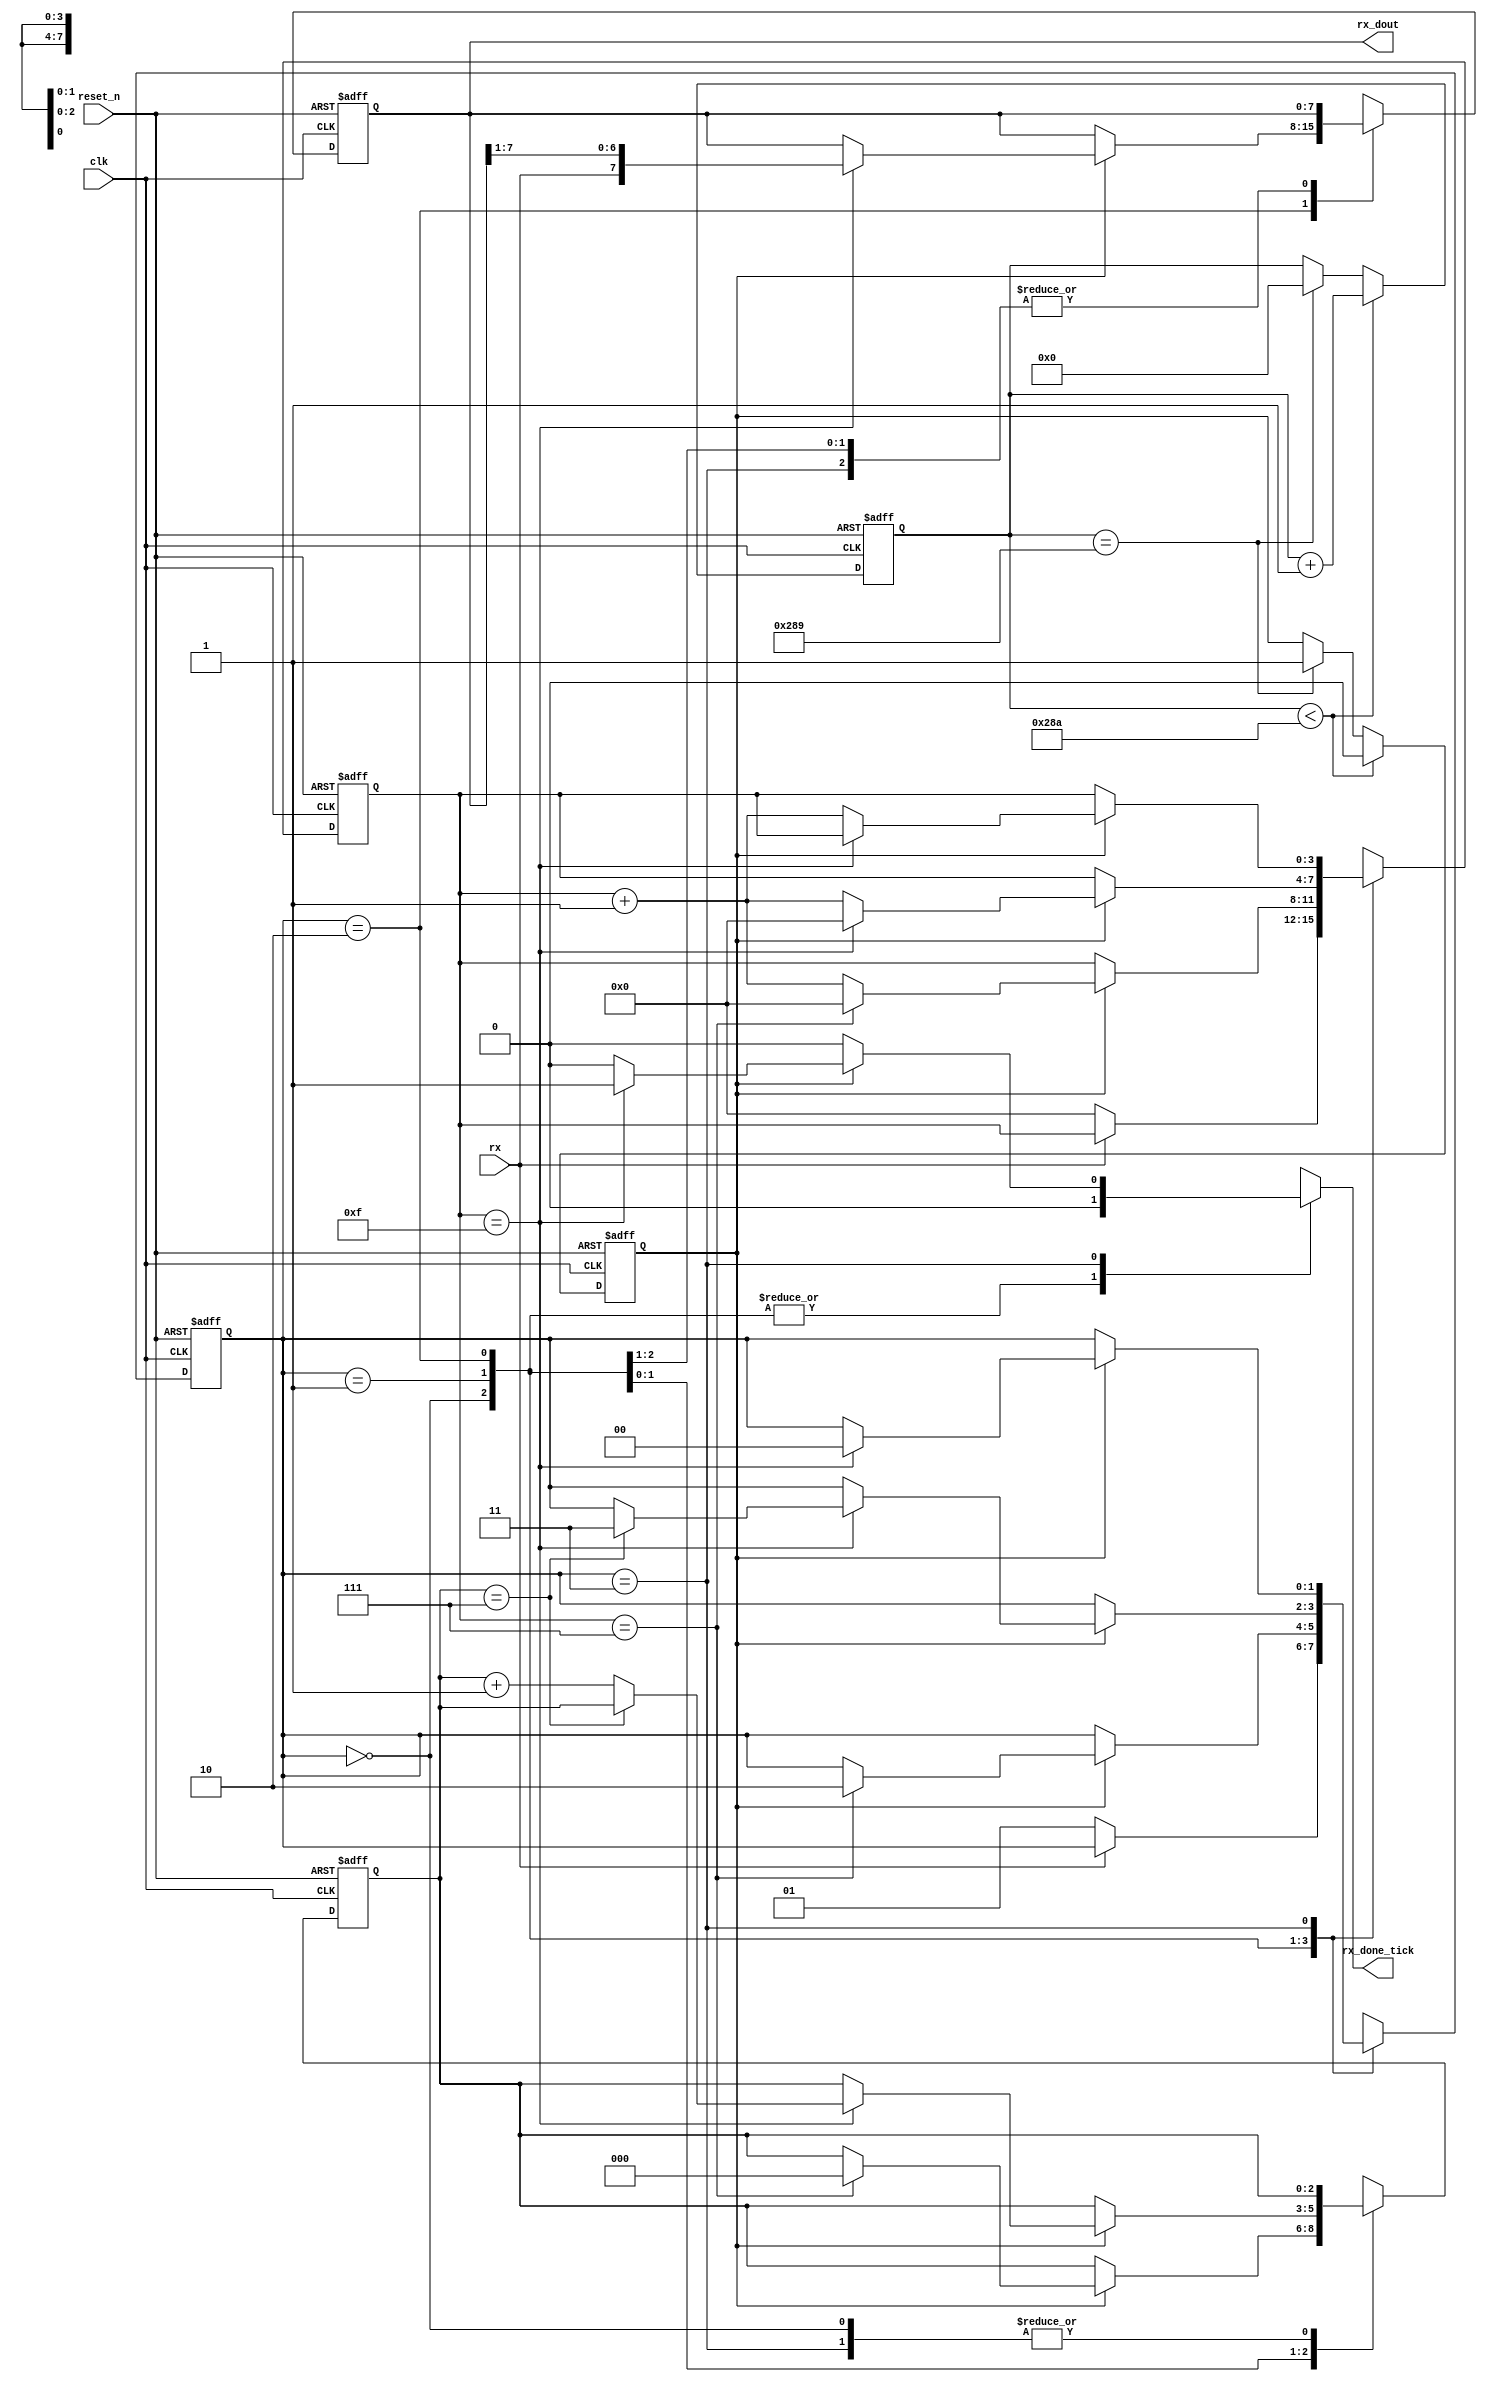
`timescale 1ns / 1ps

module uart_rx_main #(parameter DBIT = 8, SB_TICK = 16 )
    (
        input clk, reset_n,
        input rx, 
        output reg rx_done_tick,
        output [DBIT - 1:0] rx_dout
    );
	
    
    localparam  idle = 0, start = 1,
                data = 2, stop = 3;
                
    reg [1:0] state_reg, state_next;
    reg [3:0] s_reg, s_next;               
    reg [$clog2(DBIT) - 1:0] n_reg, n_next;
    reg [DBIT - 1:0] b_reg, b_next;        
    reg [10:0]baud;
	reg [10:0] rate=10'd650;
	reg s_tick;
	
	always @(posedge clk, negedge reset_n)
	begin
	if(~reset_n)
		begin
		baud<=0;
		s_tick<=0;
		end
	else
		begin
			if(baud<rate)
			begin
			baud<=baud+1;
			s_tick<=0;
			end
			else if(baud==rate-1)
				begin
				s_tick<=1;
				baud<=0;
				end
		end
			
	end

	
	
	
    // State and other registers
    always @(posedge clk, negedge reset_n)
    begin
        if (~reset_n)
        begin
            state_reg <= idle;
            s_reg <= 0;
            n_reg <= 0;
            b_reg <= 0;
        end
        else
        begin
            state_reg <= state_next;
            s_reg <= s_next;
            n_reg <= n_next;
            b_reg <= b_next;
        end
    end
    
    // Next state logic
    always @(*)
    begin
        state_next = state_reg;
        s_next = s_reg;
        n_next = n_reg;
        b_next = b_reg;
        rx_done_tick = 1'b0;
        case (state_reg)
            idle:                
                if (~rx)
                begin
                    s_next = 0;
                    state_next = start;                        
                end                 
            start:                
                if (s_tick)
                    if (s_reg == 7)
                    begin
                        s_next = 0;
                        n_next = 0;
                        state_next = data;
                    end
                    else                        
                        s_next = s_reg + 1;                                                                   
            data:
                if (s_tick)
                    if(s_reg == 15)
                    begin
                        s_next = 0;
                        b_next = {rx, b_reg[DBIT - 1:1]}; // Right shift
                        if (n_reg == (DBIT - 1))
                            state_next = stop;
                        else
                            n_next = n_reg + 1;
                    end
                    else
                        s_next = s_reg + 1;
            stop:
                if (s_tick)
                    if(s_reg == (SB_TICK - 1))
                    begin
                        rx_done_tick = 1'b1;
                        state_next = idle;
                    end
                    else
                        s_next = s_reg + 1;
            default:
                state_next = idle;
        endcase
    end
    
    // output logic
    assign rx_dout = b_reg;
endmodule